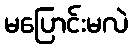
မပြောင်းမလဲ